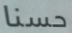
حسنا